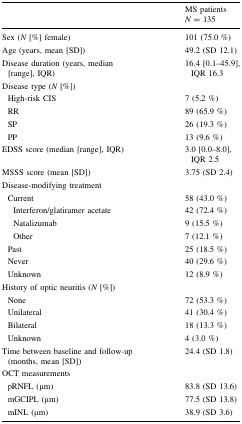
|  | MS patients N = 135 |
 | --- | --- |
 | Sex (N [%] female) | 101 (75.0 %) |
 | Age (years, mean [SD]) | 49.2 (SD 12.1) |
 | Disease duration (years, median [range], IQR) | 16.4 [0.1–45.9], IQR 16.3 |
 | <COLSPAN=2> Disease type (N [%]) |
 | High-risk CIS | 7 (5.2 %) |
 | RR | 89 (65.9 %) |
 | SP | 26 (19.3 %) |
 | PP | 13 (9.6 %) |
 | EDSS score (median [range], IQR) | 3.0 [0.0–8.0], IQR 2.5 |
 | MSSS score (mean [SD]) | 3.75 (SD 2.4) |
 | <COLSPAN=2> Disease-modifying treatment |
 | Current | 58 (43.0 %) |
 | Interferon/glatiramer acetate | 42 (72.4 %) |
 | Natalizumab | 9 (15.5 %) |
 | Other | 7 (12.1 %) |
 | Past | 25 (18.5 %) |
 | Never | 40 (29.6 %) |
 | Unknown | 12 (8.9 %) |
 | <COLSPAN=2> History of optic neuritis (N [%]) |
 | None | 72 (53.3 %) |
 | Unilateral | 41 (30.4 %) |
 | Bilateral | 18 (13.3 %) |
 | Unknown | 4 (3.0 %) |
 | Time between baseline and follow-up (months, mean [SD]) | 24.4 (SD 1.8) |
 | <COLSPAN=2> OCT measurements |
 | pRNFL (μm) | 83.8 (SD 13.6) |
 | mGCIPL (μm) | 77.5 (SD 13.8) |
 | mINL (μm) | 38.9 (SD 3.6) |